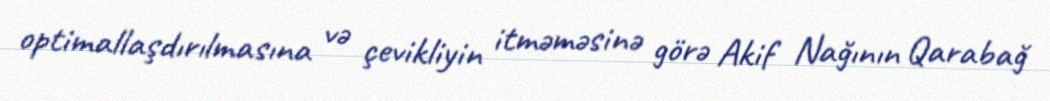
optimallaşdırılmasına və çevikliyin itməməsinə görə Akif Nağının Qarabağ